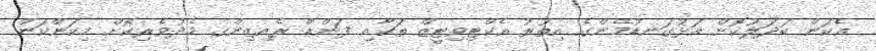
އެކަން ބަދަލުކޮށް އަޅުގަނޑުމެންގެ އިތުރު އެކްޓިވިޓީޒް ތަކާއި ފަންޑް ރެއިޒިންގ މެދުވެރިކޮށް މިކަންކަން